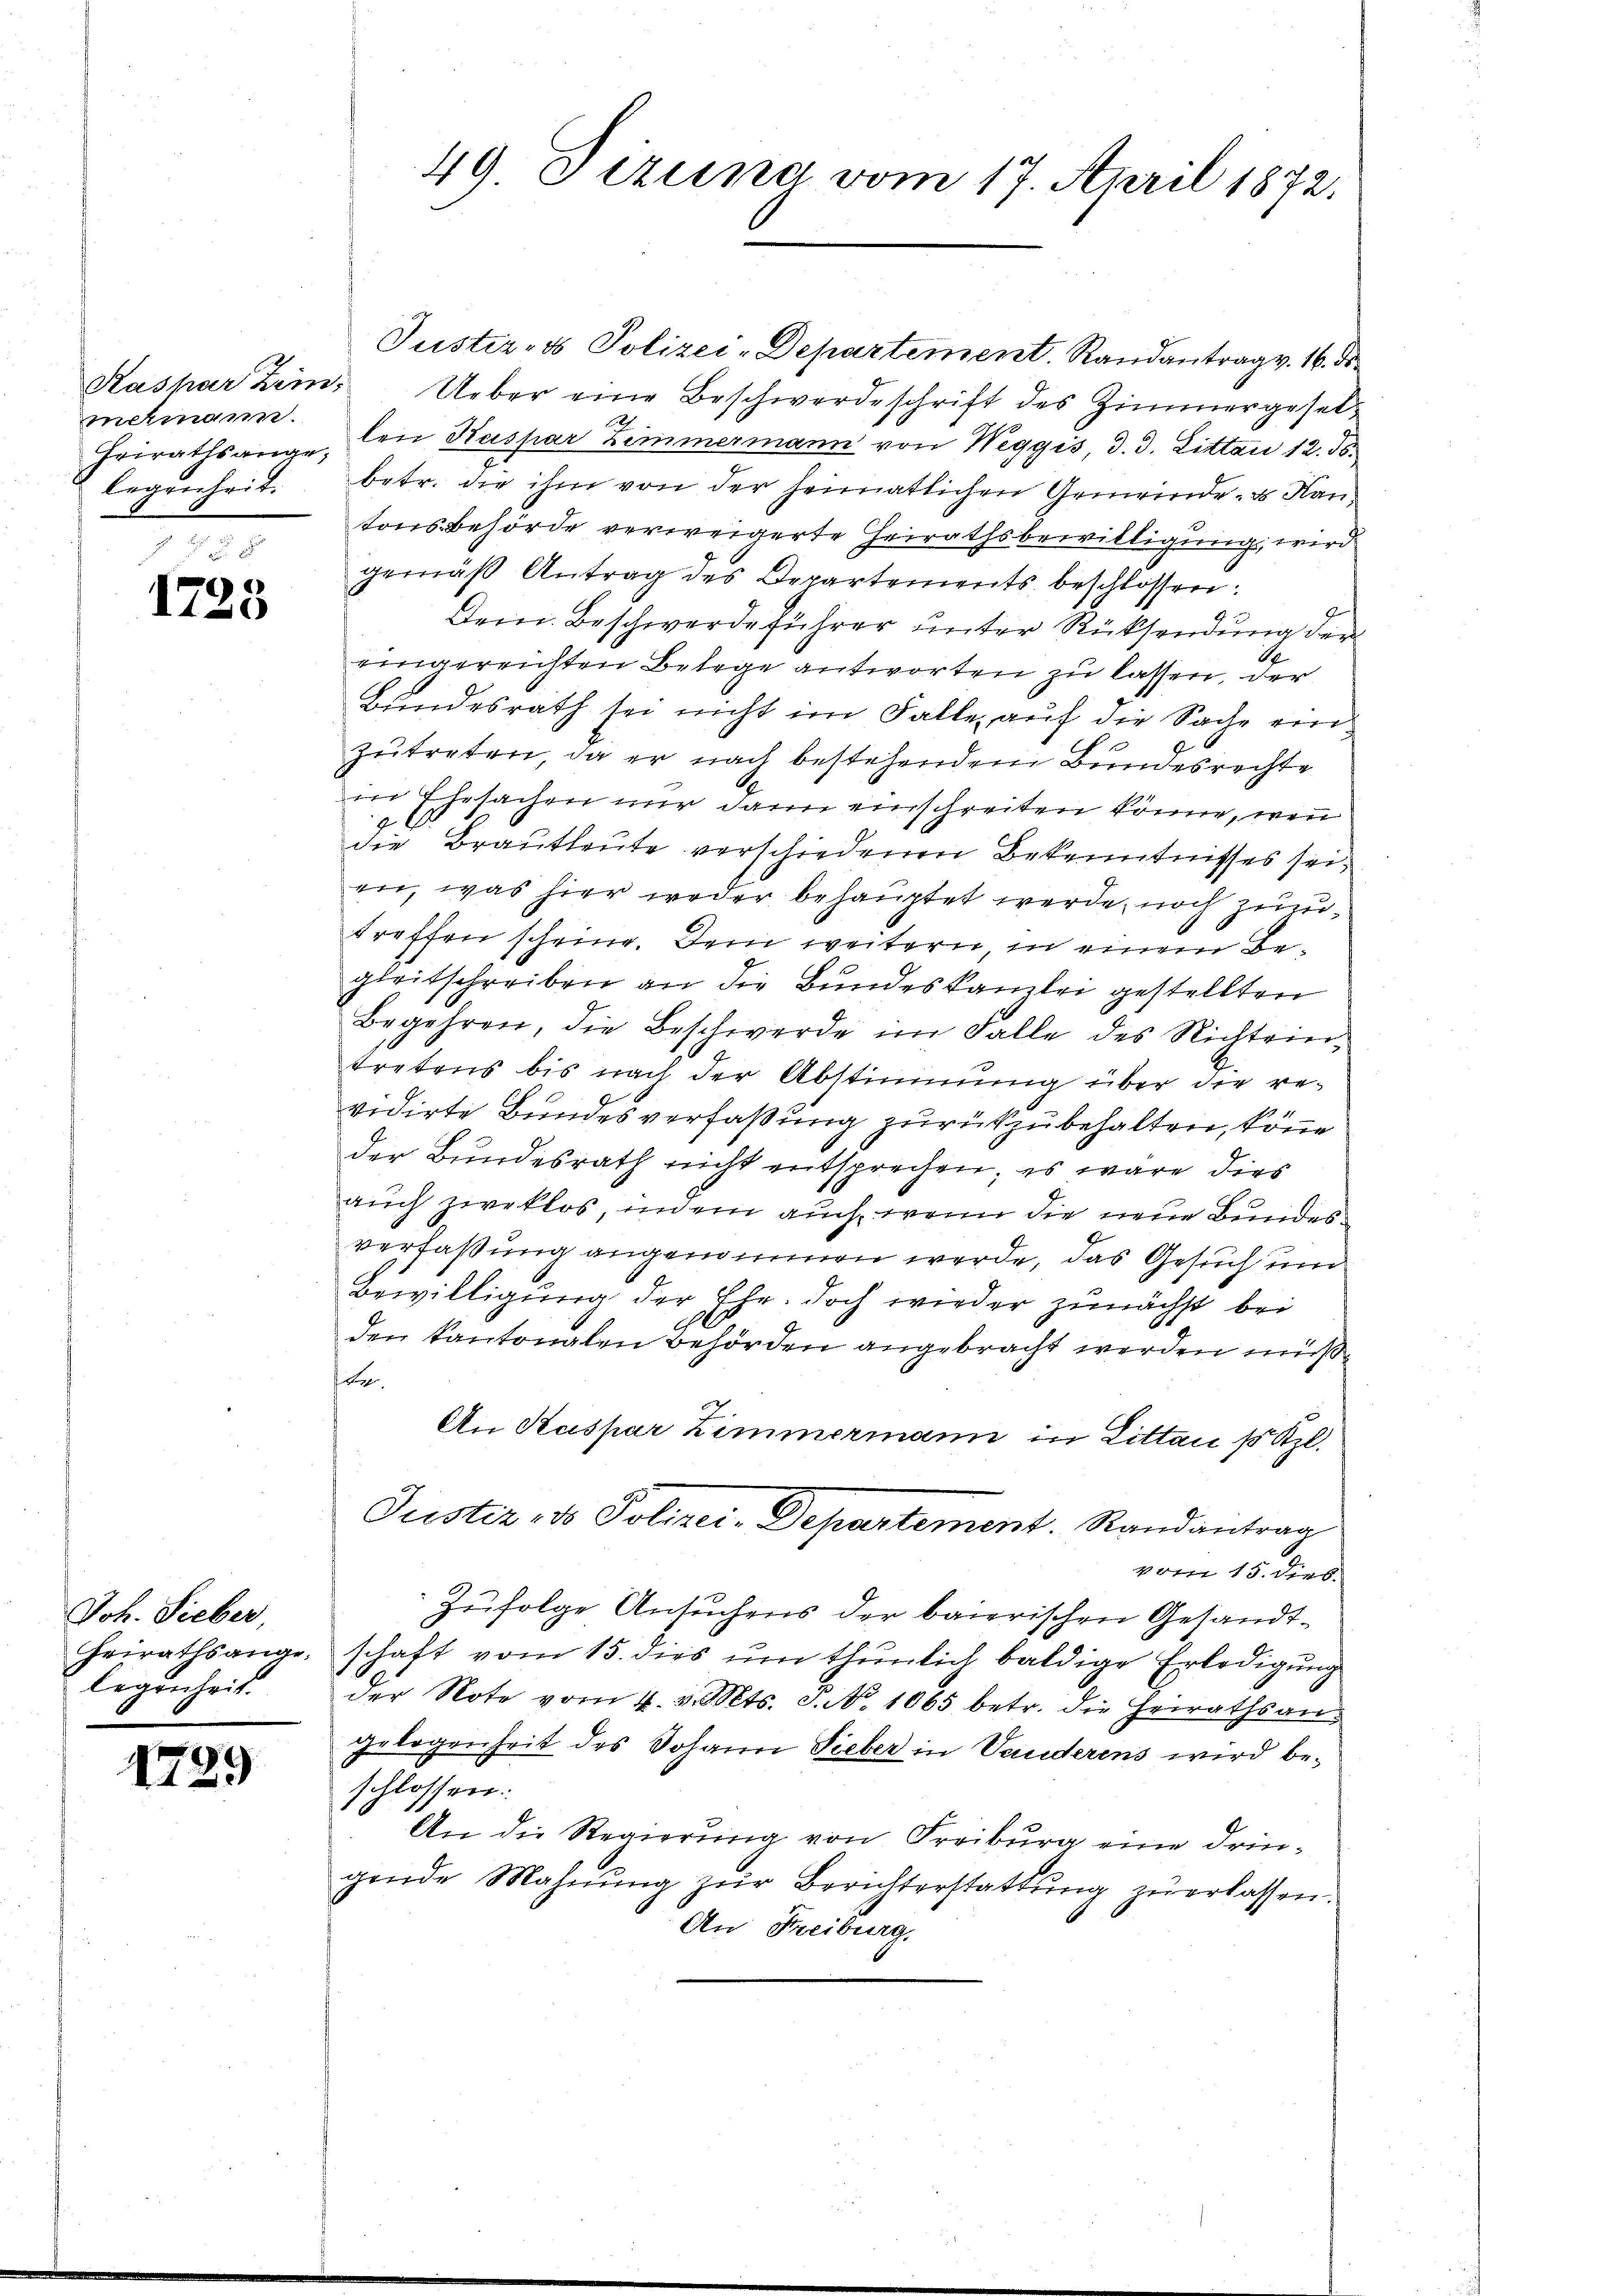
melmann.
Regenheit.

8
1723

Joh. Sieber,
legenheit.

1729

Justiz- & Polizei-Departement. Randantrag v. 16. ds.
Kashar Zein. Ueber eine Beschwerdeschrift des Zimmergeset¬
Frirathsange, den Kaspar Zimmermann von Weggis, d. 3. Litten 12. 36.
betr. die ihm von der heimatlichen Gemeinde- & Kantons-Behörde verweigerte Heirathsbewilligung, wird
gemäß Antrag des Departements beschlossen:
Baren
Dein Beschwerdeführer unter Rücksendung der
eingereichten Belege antworten zu lassen, der
Bundesrath sei nicht im Falle auf die Sache einzutreten, da er nach bestehendem Bundesrechte
in Ehesachen nur dann einschreiten könne, wenn
die Brautleute verschiedenen Bekenntnisses sei,
en, was hier weder behauptet werde, noch zutreffen scheine. Dem weitern, in einem Begleitschreiben an die Bundeskanzlei gestellten
Begehren, die Beschwerde im Falle des Nichteintretens bis nach der Abstimmung über die re-
vidirte Bundesverfaßung zurückzubehalten, könne
der Bundesrath nicht entsprechen; es wäre dies
auch zweklos, indem auch, wenn die neue Bundesverfaßung angenommen werde, das Gesuch und
Bewilligung der Ehe. Doch wieder zunächst bei
den Kantonalen Behörden angebracht werden müße
Be
An Kaspar Zimmermann in Littau s Kzl.
Justiz- & Polizei-Departement. Randantrag
vom 15. dies
Zufolge Ansuchens der baierischen Gesandt¬
Heirathsange schaft vom 15. dies ŭm thŭnlich baldige Erledigŭng
der Note vom 4. v. Mts. 3. No. 1065 betr. die Heirathsangelegenheit des Johann Sieber in Vauderens wird beschlossen:
An die Regierung von Freiburg eine dringende Mahnŭng zŭr Berichterstattung zu erlassen.
An Freiburg.

49. Pizuna vom 17. April 1872.